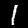
Digit: 1